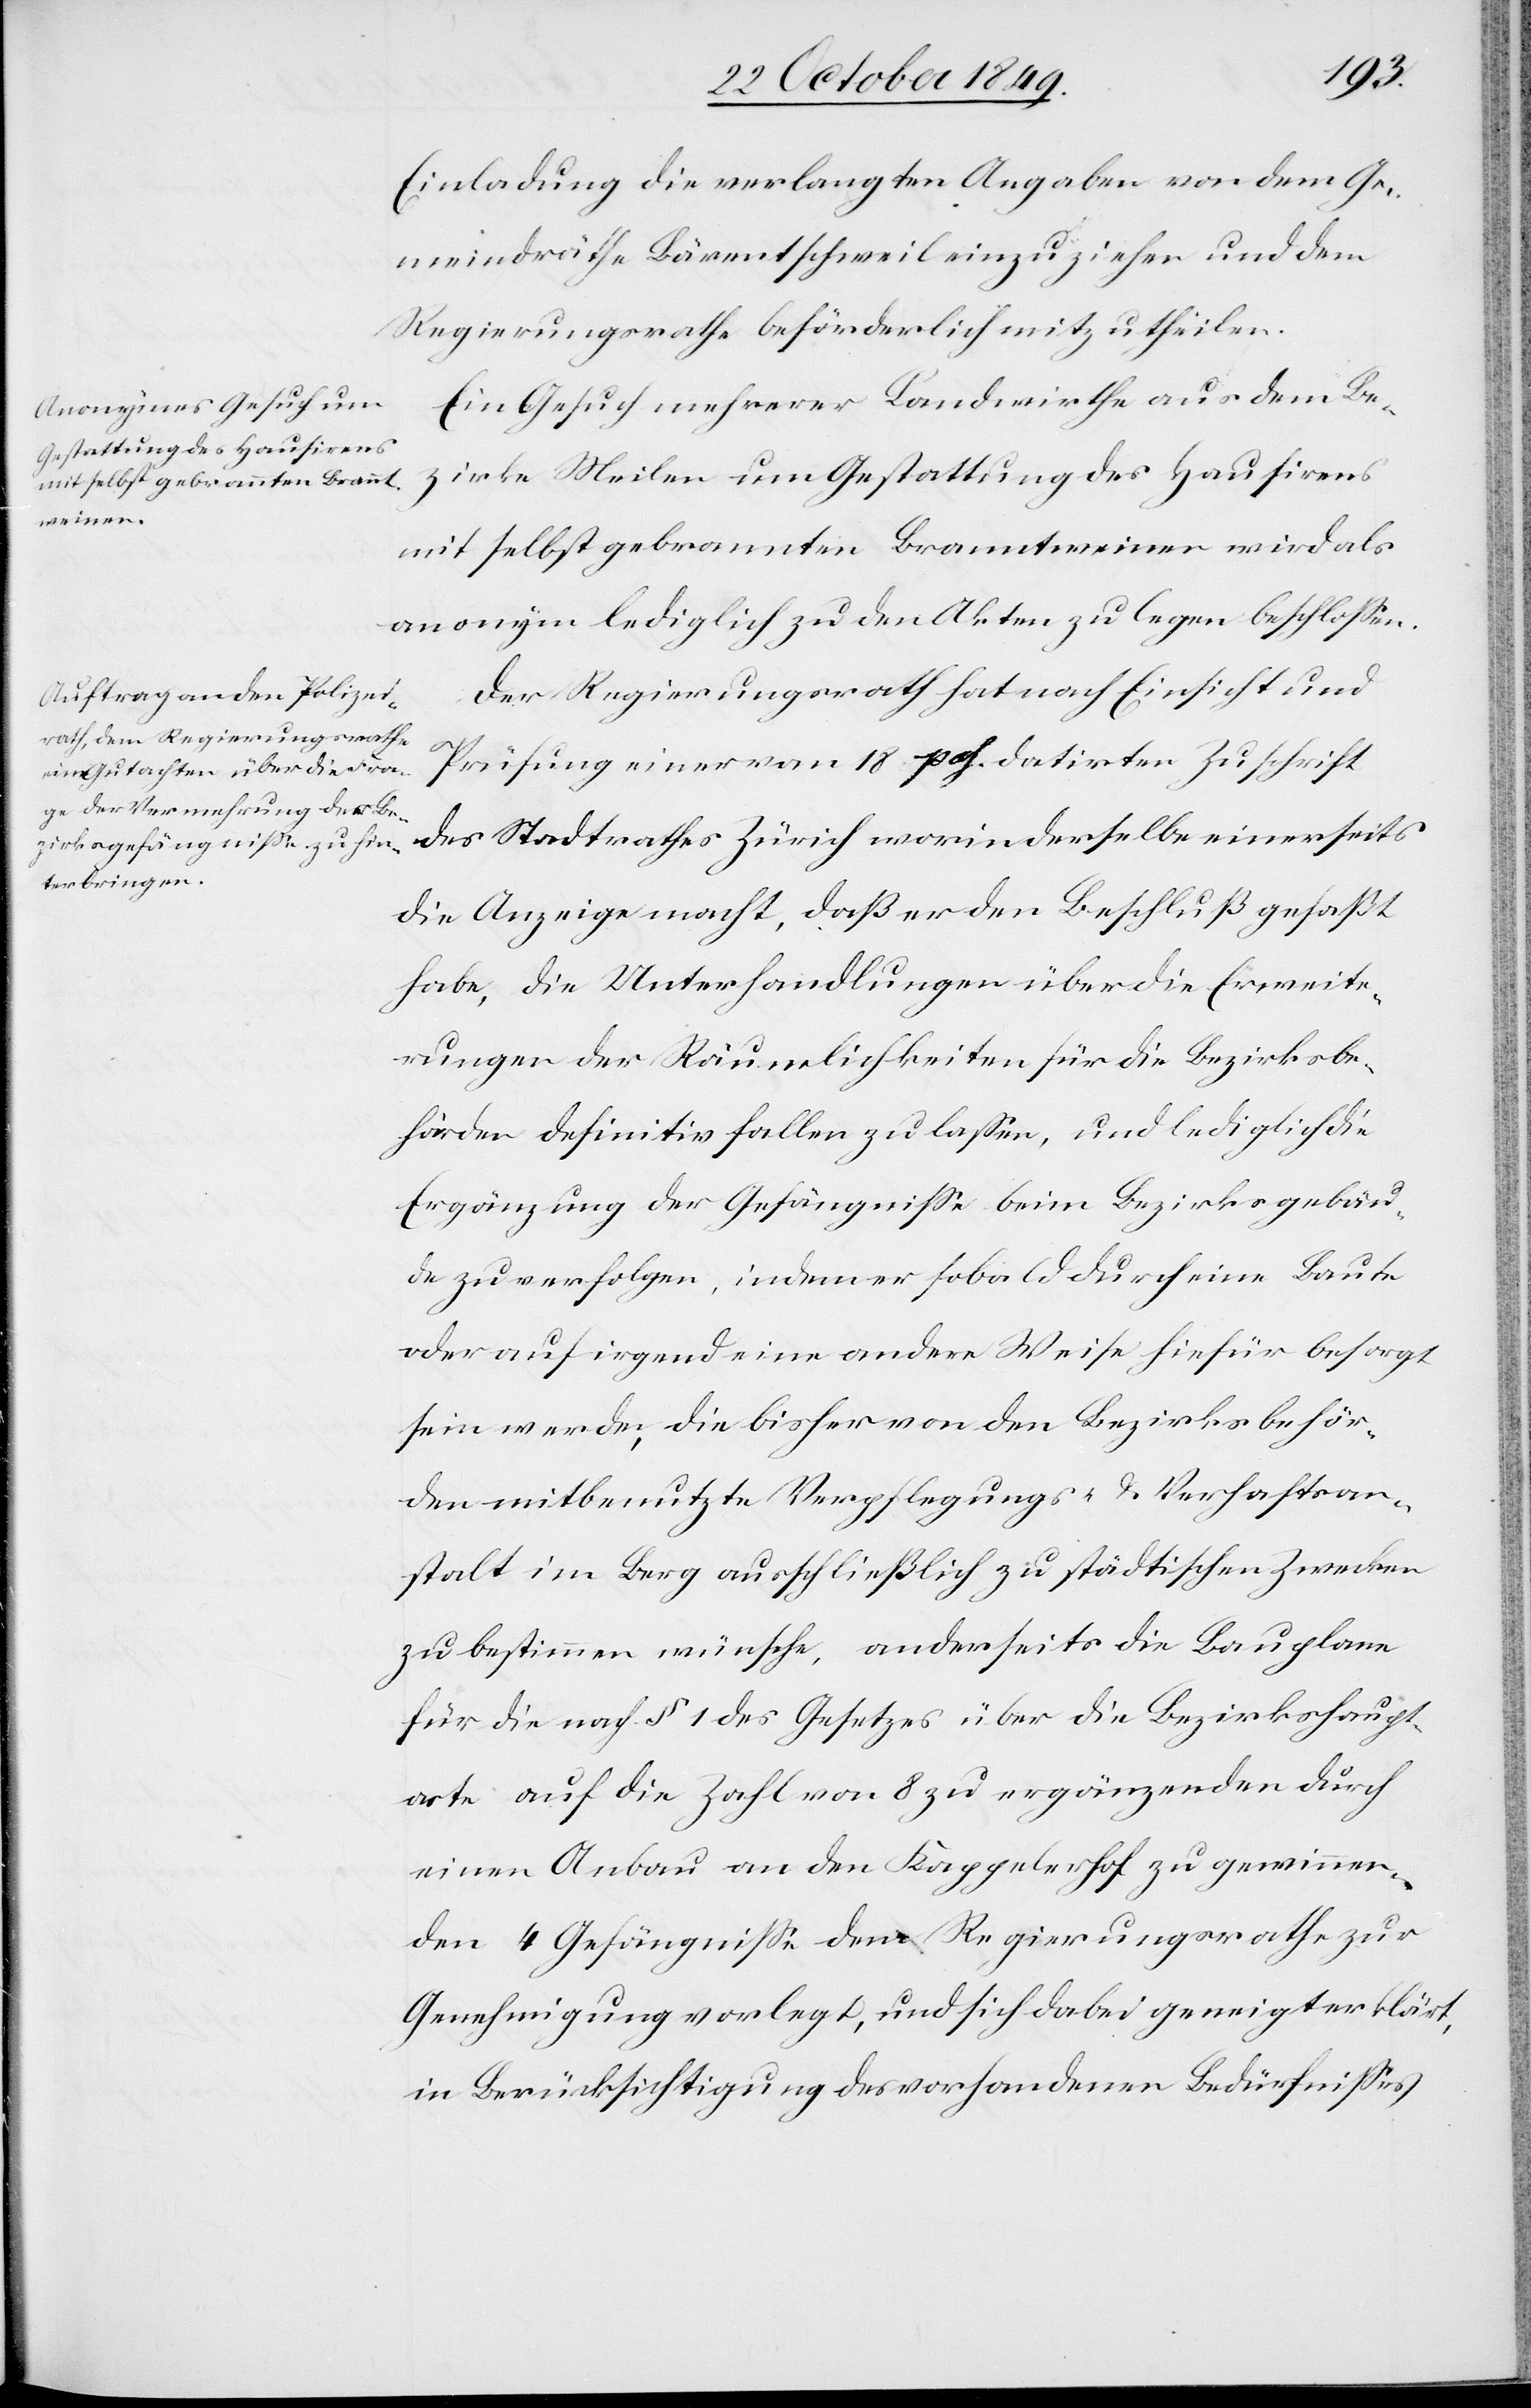
Einladung die verlangten Angaben von dem Ge¬
meindräthe Bärentschweil einzuziehen und dem
Regierungsrathe beförderlich mitzutheilen.
Ein Gesuch mehrerer Landwirthe aus dem Be¬
zirke Meilen um Gestattung des Hausirens
mit selbst gebrannten Branntweinen wird als
anonym lediglich zu den Akten zu legen beschloßen.
Der Regierungsrath hat nach Einsicht und
Prüfung einer vom 18 pass. datirten Zuschrift
des Stadtrathes Zürich worin derselbe einerseits
die Anzeige macht, daß er den Beschluß gefaßt
habe, die Unterhandlungen über die Erweite¬
rungen der Räumlichkeiten für die Bezirksbe¬
hörden definitiv fallen zu laßen, und lediglich die
Ergänzung der Gefängniße beim Bezirksgebäu¬
de zu verfolgen, indem er sobald durch eine Baute
oder auf irgend eine andere Weise hiefür besorgt
sein werde, die bisher von den Bezirksbehör¬
den mitbenutzte Verpflegungs- u. Verhaftsan¬
stalt im Berg ausschließlich zu städtischen Zwecken
zu bestimmen wünsche, anderseits die Bauplane
für die nach § 1 des Gesetzes über die Bezirkshaupt¬
orte auf die Zahl von 8 zu ergänzenden durch
einen Anbau an den Kappelerhof zu gewinnen¬
den 4 Gefängniße dem Regierungsrathe zur
Genehmigung vorlegt, und sich dabei geneigt erklärt,
in Berücksichtigung des vorhandenen Bedürfnißes